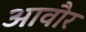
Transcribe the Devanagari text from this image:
आवौर